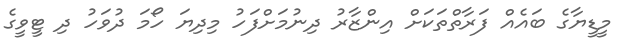
މީޑީޔާގެ ބައެއް ފަރާތްތަކަށް އިންޒާރު ދިނުމަށްފަހު މިދިޔަ ހޯމަ ދުވަހު ދި ޓީވީގެ